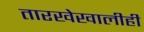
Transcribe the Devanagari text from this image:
तारखेखालीही